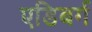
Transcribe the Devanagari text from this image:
एडिबर्ग